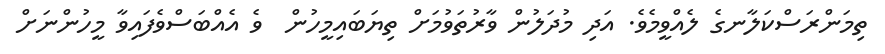
ތިމަންރަސްކަލާނގެ ލެއްވީމެވެ. އަދި މުދަލުން ވާރުތަވުމަށް ތިޔަބައިމީހުން  ވެ އެއްބަސްވެފައިވާ މީހުންނަށް